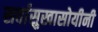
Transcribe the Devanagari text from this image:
सर्वासुखासोयीनी